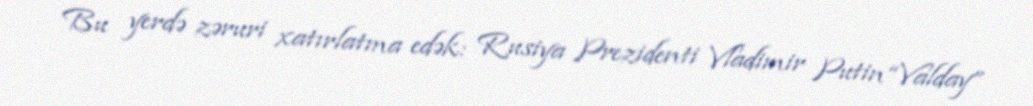
Bu yerdə zəruri xatırlatma edək: Rusiya Prezidenti Vladimir Putin “Valday”